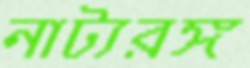
নাট্যরঙ্গ